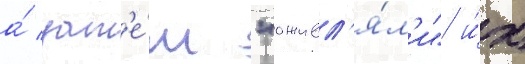
а́ зат'е́м "оживл'я́л'и" и́х